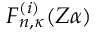
F _ { n , \kappa } ^ { ( i ) } ( Z \alpha )